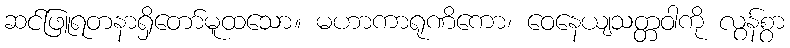
ဆင်ဖြူရတနာရှိတော်မူထသော။ မဟာကာရုဏိကော၊ ဝေနေယျသတ္တဝါကို လွန်စွာ